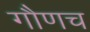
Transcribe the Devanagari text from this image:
गौणच